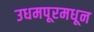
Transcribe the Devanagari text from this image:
उधमपूरमधून